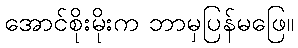
အောင်စိုးမိုးက ဘာမှပြန်မဖြေ။